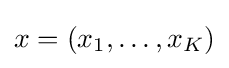
x=(x_{1},\ldots ,x_{K})